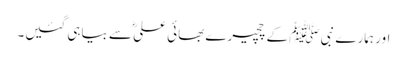
اور ہمارے نبی ﷺ کے چچیرے بھائی علیؓ سے بیاہی گئیں۔